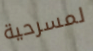
لمسرحية